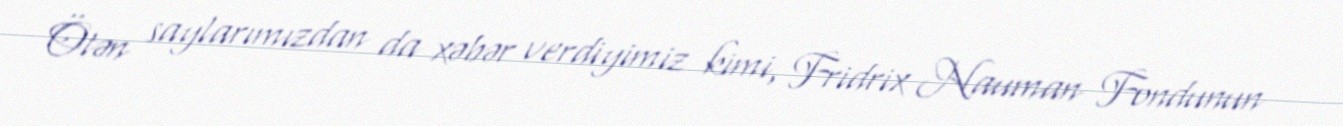
Ötən saylarımızdan da xəbər verdiyimiz kimi, Fridrix Nauman Fondunun